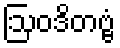
ဩဝဒိတဗ္ဗံ